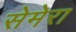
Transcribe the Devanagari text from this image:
सेमेरा